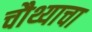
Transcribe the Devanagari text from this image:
चौथ्याचा